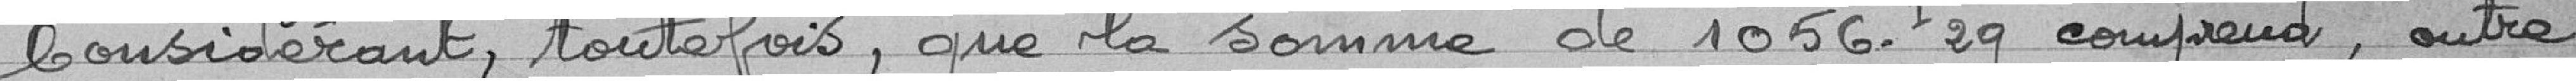
Considérant, toutefois, que la somme de 1056F29 comprend, outre